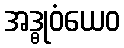
အဒ္ဓုဝံယေဝ